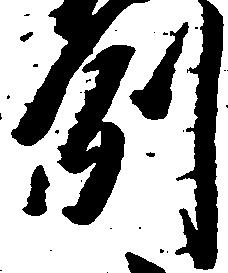
例